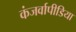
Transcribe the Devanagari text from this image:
कंजर्वापीडिया